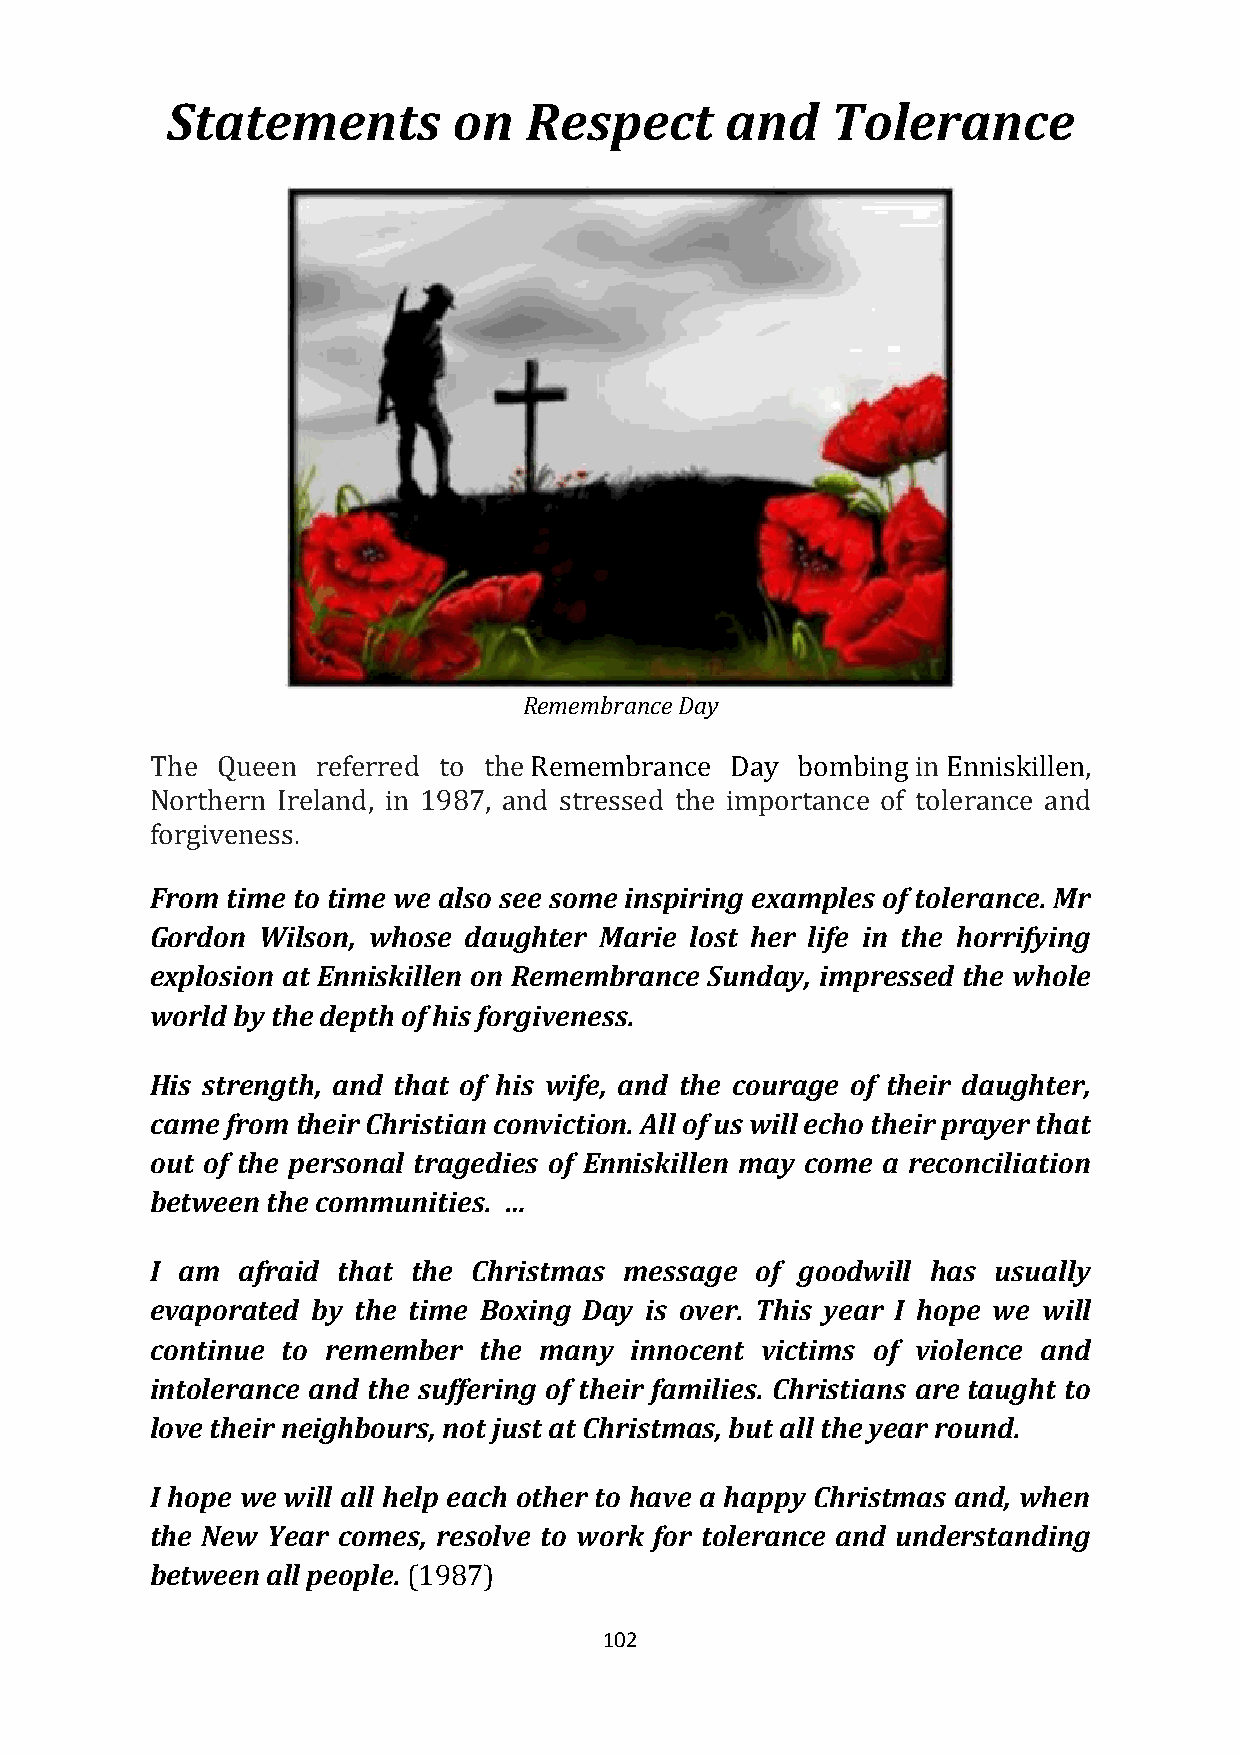
Statements         on   Respect      and    Tolerance
 Remembrance Day
 The Queen  referred to the Remembrance Day bombing in Enniskillen,
 Northern Ireland, in 1987, and stressed the importance of tolerance and
 forgiveness.
 From time to time we also see some inspiring examples of tolerance. Mr
 Gordon Wilson, whose daughter Marie lost her life in the horrifying
 explosion at Enniskillen on Remembrance Sunday, impressed the whole
 world by the depth of his forgiveness.
 His strength, and that of his wife, and the courage of their daughter,
 came from their Christian conviction. All of us will echo their prayer that
 out of the personal tragedies of Enniskillen may come a reconciliation
 between the communities. …
 I am  afraid that the Christmas message of goodwill has usually
 evaporated by the time Boxing Day is over. This year I hope we will
 continue to remember  the many  innocent victims of violence and
 intolerance and the suffering of their families. Christians are taught to
 love their neighbours, not just at Christmas, but all the year round.
 I hope we will all help each other to have a happy Christmas and, when
 the New Year comes, resolve to work for tolerance and understanding
 between all people. (1987)
 102